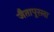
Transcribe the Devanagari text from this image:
जैतापूरला